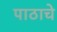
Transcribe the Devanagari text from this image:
पाठाचे